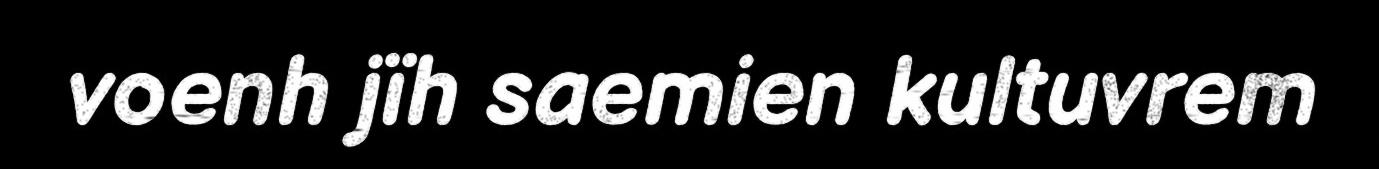
voenh jïh saemien kultuvrem